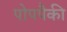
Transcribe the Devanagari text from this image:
पोपपैकी